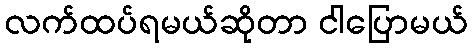
လက်ထပ်ရမယ်ဆိုတာ ငါပြောမယ်